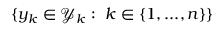
\{ y _ { k } \in \mathcal { Y } _ { k } : ~ k \in \{ 1 , . . . , n \} \}